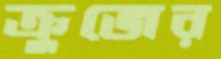
ক্রুজের